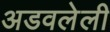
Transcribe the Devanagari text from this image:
अडवलेली